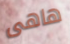
هاهى